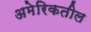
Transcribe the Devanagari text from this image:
अमेरिकतील